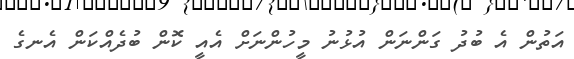
އަތުން އެ ބުދު ގަންނަން އުޅުނު މީހުންނަށް އެއީ ކޮން ބުދެއްކަން އެނގެ